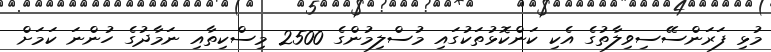
މުޅި ފަރަންސޭސިވިލާތުގެ އެކި ކަންކޮޅުތަކުގައި މުސްލިމުންގެ 2500 މިސްކިތާއި ނަމާދުގެ ހުންނަ ކަމަށް